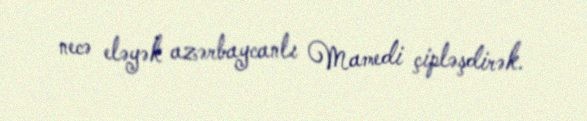
necə eləyək azərbaycanlı Mamedi çipləşdirək.